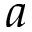
a